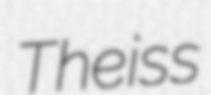
Theiss